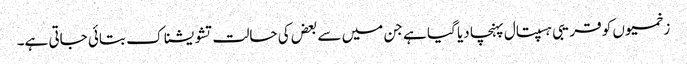
زخمیوں کو قریبی ہسپتال پہنچا دیا گیا ہے جن میں سے بعض کی حالت تشویشناک بتائی جاتی ہے۔